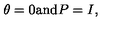
\theta = 0 \mathrm { a n d } P = I , \quad